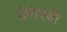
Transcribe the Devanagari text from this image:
ईपीएबी